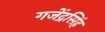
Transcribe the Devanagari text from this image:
गजेंद्रसिंह